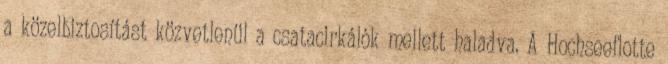
a közelbiztosítást közvetlenül a csatacirkálók mellett haladva. A Hochseeflotte